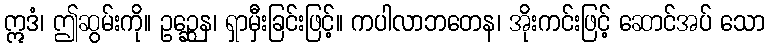
ဣဒံ၊ ဤဆွမ်းကို။ ဥဉ္ဆေန၊ ရှာမှီးခြင်းဖြင့်။ ကပါလာဘတေန၊ အိုးကင်းဖြင့် ဆောင်အပ် သော